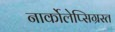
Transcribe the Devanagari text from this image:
नार्कोलेप्सिग्रस्त